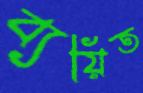
ব্যয়িত